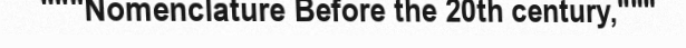
"""Nomenclature Before the 20th century,"""